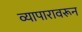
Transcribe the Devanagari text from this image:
व्यापारावरून